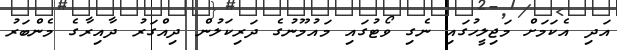
އަދި އެކަމަށް މަޖިލީހުގައި ނެގި ވޯޓުގައި މައުމޫނުގެ ދަރިކަލުން ދިއްގަރު ދާއިރާގެ މެންބަރު